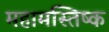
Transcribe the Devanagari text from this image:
महामस्तिष्क